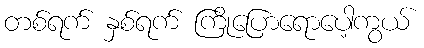
တစ်ရက် နှစ်ရက် ကြိုပြောရောပေါ့ကွယ်